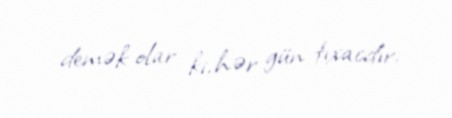
demək olar ki, hər gün tıxacdır.